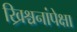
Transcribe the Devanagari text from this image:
ख्रिश्चनांपेक्षा